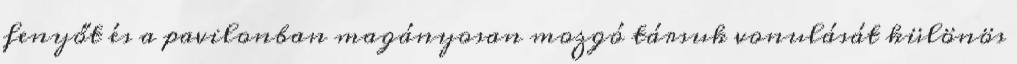
fenyőt és a pavilonban magányosan mozgó társuk vonulását különös